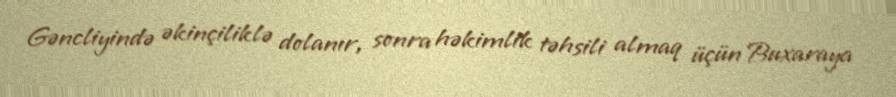
Gəncliyində əkinçiliklə dolanır, sonra həkimlik təhsili almaq üçün Buxaraya